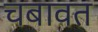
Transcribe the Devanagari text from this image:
चबावत